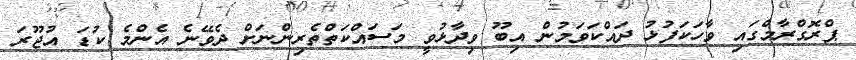
ޕްރޮގްރާމްގައި ވާހަކަފުޅު ދައްކަވަމުން އިބޫ ވިދާޅުވީ މަސައްކަތްތެރިންނަށް ދެވޭނެ އެންމެ ކުޑަ އުޖޫރަ